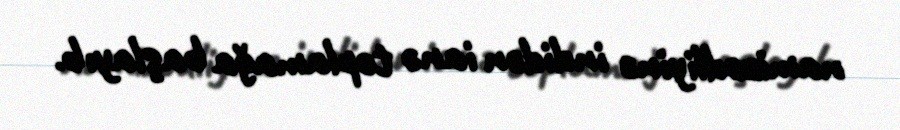
namizədliyinə indidən ianə toplamağa başlayıb.